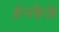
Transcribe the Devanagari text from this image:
ब्रेनकैफ़े